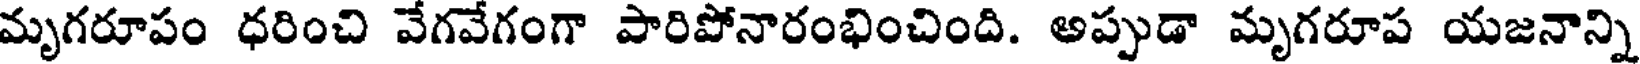
మృగరూపం ధరించి వేగవేగంగా పారిపోనారంభించింది. అప్పుడా మృగరూప యజనాన్ని